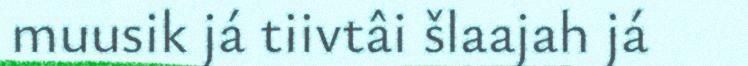
muusik já tiivtâi šlaajah já